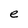
Character: e